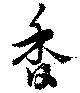
香